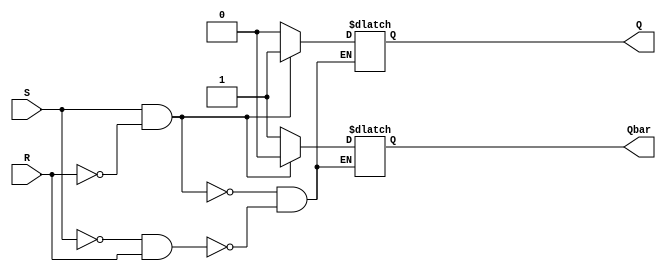
module sr_flipflop (
    input S, // Set input
    input R, // Reset input
    output reg Q, // Q output
    output reg Qbar // Q' output
);

always @(S, R)
begin
    if (S && !R)
    begin
        Q <= 1'b1; // Q is set to high
        Qbar <= 1'b0; // Q' is set to low
    end
    else if (!S && R)
    begin
        Q <= 1'b0; // Q is set to low
        Qbar <= 1'b1; // Q' is set to high
    end
    else if (S && R)
    begin
        // No change in state
    end
end

endmodule